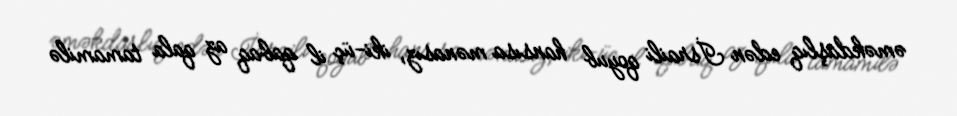
əməkdaşlıq edən İsraili qoyub hansısa mənasız, iki-üç il qabaq az qala tamamilə